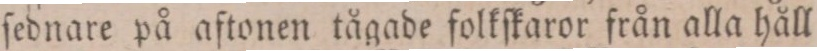
ſednare på aftonen tågade folkſkaror från alla håll